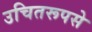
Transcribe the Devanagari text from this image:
उचितरूपसे